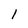
Character: 1